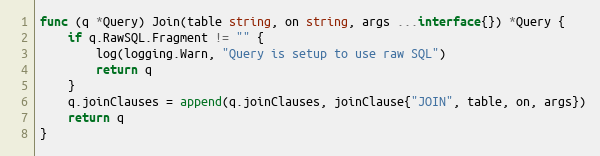
Language: Go
func (q *Query) Join(table string, on string, args ...interface{}) *Query {
	if q.RawSQL.Fragment != "" {
		log(logging.Warn, "Query is setup to use raw SQL")
		return q
	}
	q.joinClauses = append(q.joinClauses, joinClause{"JOIN", table, on, args})
	return q
}